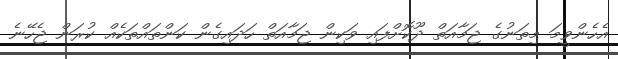
އެހެންވީމަ މިތަނުގެ ޖަމާއަތް ދޫކޮށްފައި ވަކިން ޖަމާއަތް ހަދައިގެން ކަންތައްތަކެއް ކުރަން ޖެހޭނެ